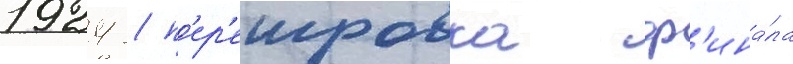
1924 / п'ер'еигровка ф'ина́ла